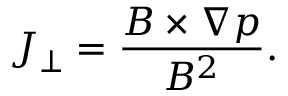
\boldsymbol { J } _ { \perp } = \frac { \boldsymbol { B } \times \nabla p } { B ^ { 2 } } .